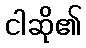
ငါဆို၏